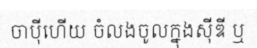
ចាប៉ីហើយ ចំលងចូលក្នុងស៊ីឌី ឬ